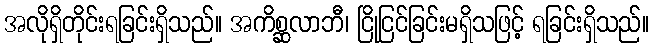
အလိုရှိတိုင်းရခြင်းရှိသည်။ အကိစ္ဆလာဘီ၊ ငြိုငြင်ခြင်းမရှိသဖြင့် ရခြင်းရှိသည်။